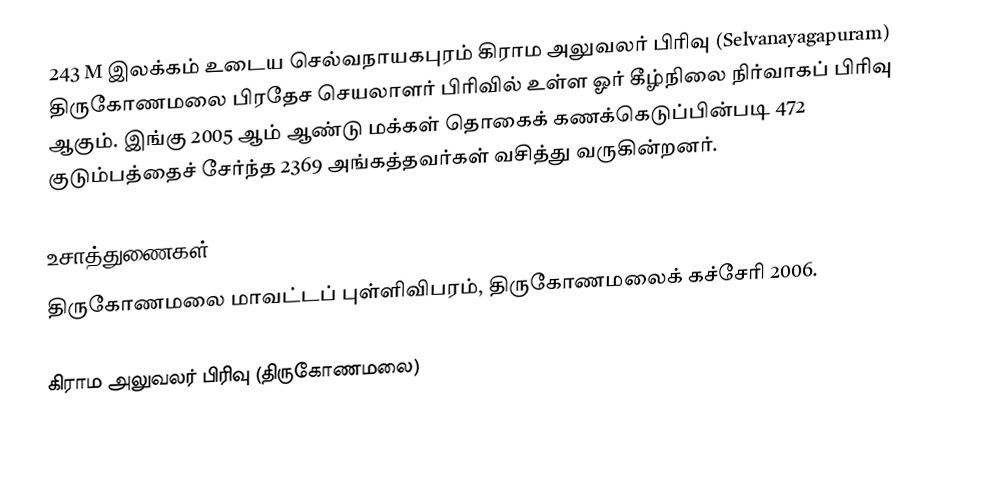
243 M இலக்கம்  உடைய செல்வநாயகபுரம் கிராம அலுவலர் பிரிவு  (Selvanayagapuram) திருகோணமலை பிரதேச செயலாளர் பிரிவில் உள்ள ஓர் கீழ்நிலை நிர்வாகப் பிரிவு ஆகும். இங்கு 2005 ஆம் ஆண்டு மக்கள் தொகைக் கணக்கெடுப்பின்படி 472 குடும்பத்தைச் சேர்ந்த 2369 அங்கத்தவர்கள் வசித்து வருகின்றனர்.

உசாத்துணைகள்
திருகோணமலை மாவட்டப் புள்ளிவிபரம், திருகோணமலைக் கச்சேரி 2006.

கிராம அலுவலர் பிரிவு (திருகோணமலை)